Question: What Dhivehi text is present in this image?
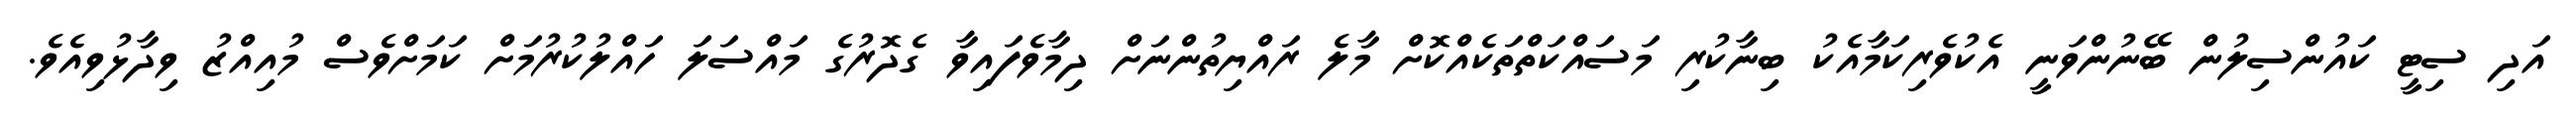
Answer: އަދި ސިޓީ ކައުންސިލުން ބޭނުންވަނީ އެކުވެރިކަމާއެކު ބިނާކުރި މަސައްކަތްތަކެއްކޮށް މާލެ ރައްޔިތުންނަށް ދިމާވެފައިވާ ގެދޮރުގެ މައްސަލަ ހައްލުކުރުމަށް ކަމަށްވެސް މުއިއްޒު ވިދާޅުވިއެވެ.